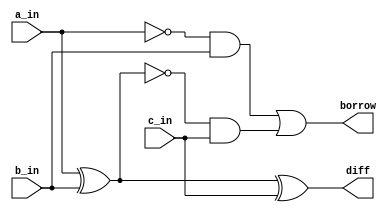
`timescale 1ns / 1ps
//////////////////////////////////////////////////////////////////////////////////
// Company: 
// Engineer: 
// 
// Design Name: 
// Module Name: full_subtractor
// Project Name: 
// Target Devices: 
// Tool Versions: 
// Description: 
// 
// Dependencies: 
// 
// Revision:
// Revision 0.01 - File Created
// Additional Comments:
// 
//////////////////////////////////////////////////////////////////////////////////


module full_subtractor(
    input a_in,
    input b_in,
    input c_in,
    output diff,
    output borrow
    );
  assign diff = a_in ^ b_in ^ c_in;
  assign borrow =(~a_in & b_in) | (~(a_in ^ b_in) & c_in);

endmodule